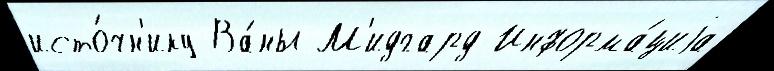
исто́чн'ику Ва́ны М'идгард Информа́циjа